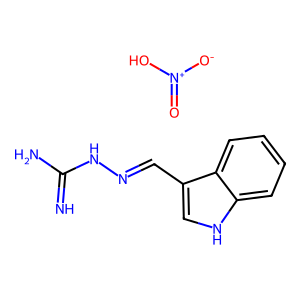
SMILES: N=C(N)NN=Cc1c[nH]c2ccccc12.O=[N+]([O-])O
Inhibits HIV replication: No